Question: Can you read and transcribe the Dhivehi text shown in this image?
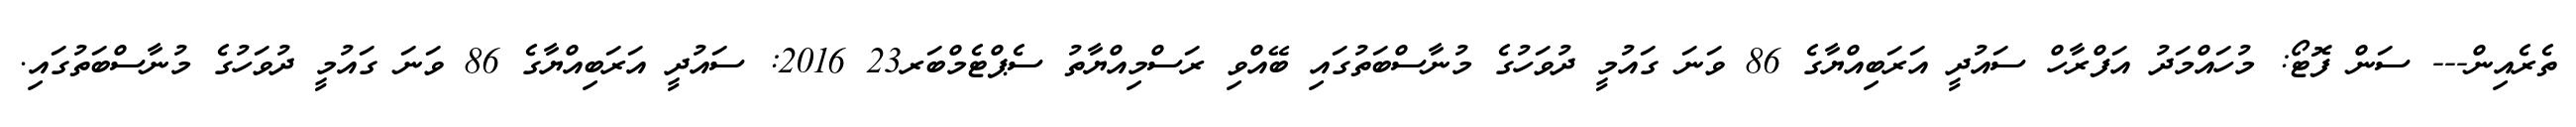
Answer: ތެރެއިން--- ސަން ފޮޓޯ: މުހައްމަދު އަފްރާހް ސައުދީ އަރަބިއްޔާގެ 86 ވަނަ ގައުމީ ދުވަހުގެ މުނާސްބަތުގައި ބޭއްވި ރަސްމިއްޔާތު ސެޕްޓެމްބަރ23 2016: ސައުދީ އަރަބިއްޔާގެ 86 ވަނަ ގައުމީ ދުވަހުގެ މުނާސްބަތުގައި.